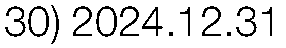
30) 2024.12.31